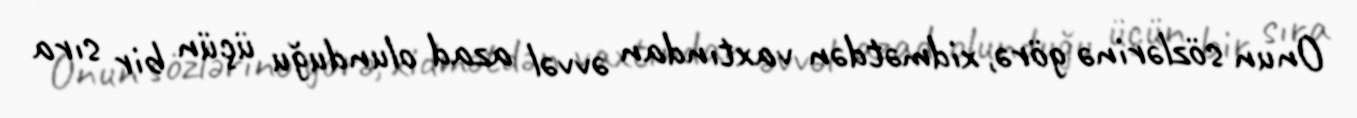
Onun sözlərinə görə, xidmətdən vaxtından əvvəl azad olunduğu üçün bir sıra